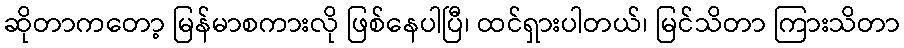
ဆိုတာကတော့ မြန်မာစကားလို ဖြစ်နေပါပြီ၊ ထင်ရှားပါတယ်၊ မြင်သိတာ ကြားသိတာ